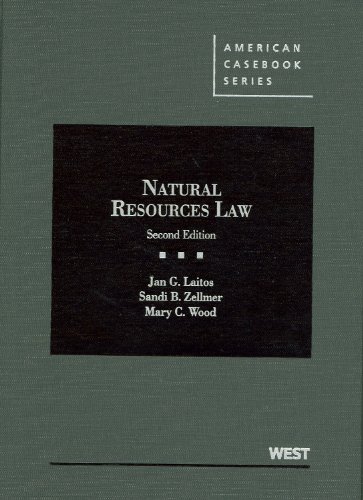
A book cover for Natural Resources Law (American Casebook Series); Jan Laitos; Law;